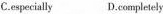
C.especially D.completely